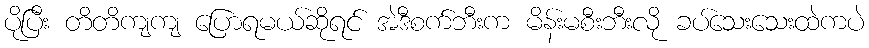
ပိုပြီး တိတိကျကျ ပြောရမယ်ဆိုရင် အဲဒီစက်ဘီးက မိန်းမစီးဘီးလို ခပ်သေးသေးထဲကပဲ